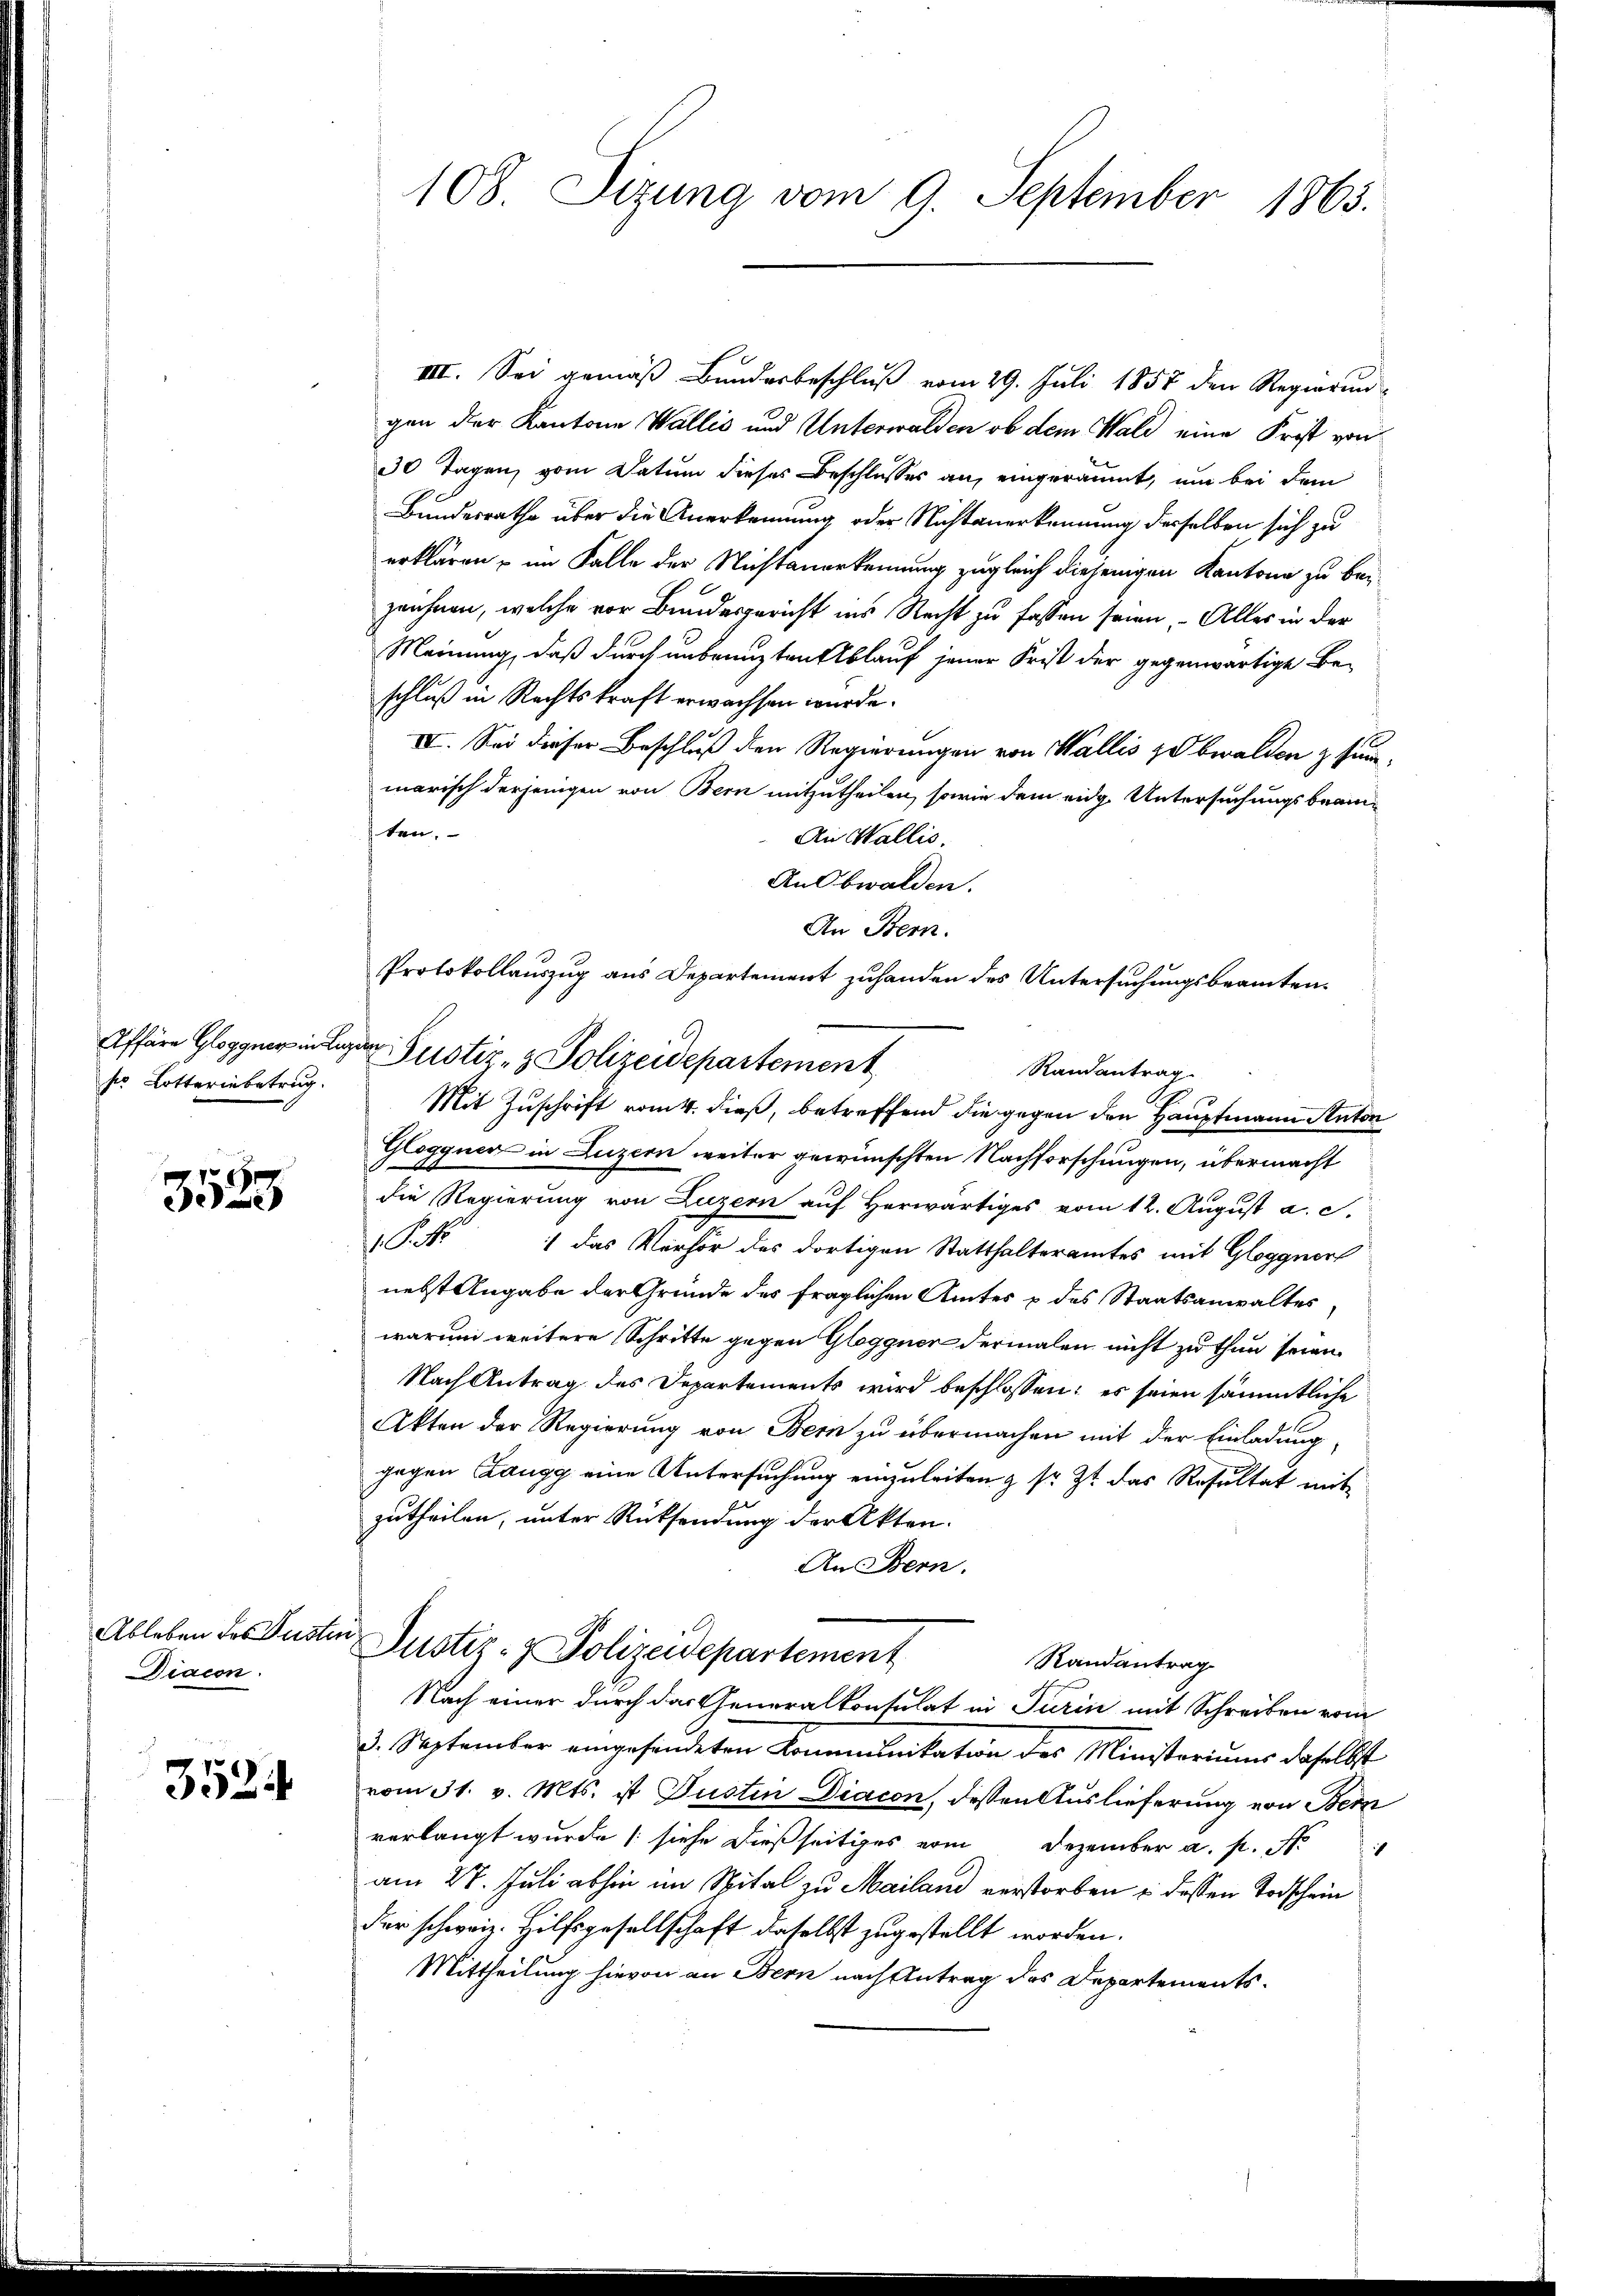
sio Lotterinbetrug.

8
e

Diacon

3524

108. Sizung vom 9. September 1863.

III. Sei gemäß Bundesbeschluß vom 29. Juli 1857 den Regierun-
gen der Kantone Wallis und Unterwalden ob dem Wald eine Frist von
30 Tagen, vom Datum dieses Beschlosses an, eingeräumt, um bei dem
Bundesrathe über die Anerkennung oder Nichtanerkennung derselben sich zu
erklären, im Falle der Nichtanerkennung zugleich diejenigen Kantone zu beizeichnen, welche vor Bundesgericht ins Recht zu fassen seien, – Alles in der
Meinung, daß durch unbenuzten Ablauf jener Frist der gegenwärtige Be-
schluß in Rechtskraft erwachsen wurde.
IV. Sei dieser Beschluß den Regierungen von Wallis zu bwalden summarisch derjenigen von Bern mitzutheilen, sowie dem eidg. Untersuchungsbeamten.
An Wallis.
An Obwalden.
Affäre Glogge in der Justiz- & Polizeidepartement
Glogguer in Luzern weiter gewünschten Nachforschungen, übermacht
die Regierung von Luzern auf Herwärtiges vom 12. August a. c.
P. Nr. 1 das Verhör des dortigen Statthalteramtes mit Gloggnor
nebst Angabe der Gründe des fraglichen Amtes & des Staatsanwaltes
warum weitere Schritte gegen Glogguer dermalen nicht zu thun seien.
Nach Antrag des Departements wird beschlossen: es seien sämmtliche
Akten der Regierung von Bern zu übermachen mit der Einladung,
gegen Zangg eine Untersuchung einzuleiten & sr. Zt. das Resultat mit
zutheilen, unter Rücksendung der Akten.
An Bern.
Ableben des Pusten Justiz- & Polizeidepartement
Randantrag
Nach einer durch das Generalkonsulat in Turin mit Schreiben vom
3. September eingesendeten Kommunikation des Ministeriums daselbst
vom 31. v. Mts. ist Justin Diacon, dessen Auslieferung von Bem
verlangt wurde (siehe dießseitiges vom Dezember a. p. N
am 27. Juli abhin im Spital zu Mailand verstorben u. dessen Todschein
der schweiz. Hilfsgesellschaft daselbst zugestellt worden.
Mittheilung hievon an Bern nach Antrag des Departements¬

An Bern.
Protokollauszug aus Departement zuhanden des Untersuchungsbeamten.
Randantrag
Mit Zuschrift vom 4. dieß, betreffend die gegen den Hauptmann Anton